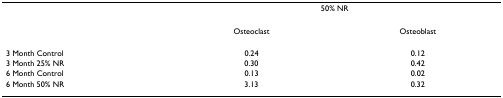
<table><thead><tr><td></td><td colspan="2"><b>50% NR</b></td></tr></thead><tbody><tr><td></td><td>Osteoclast</td><td>Osteoblast</td></tr><tr><td>3 Month Control</td><td>0.24</td><td>0.12</td></tr><tr><td>3 Month 25% NR</td><td>0.30</td><td>0.42</td></tr><tr><td>6 Month Control</td><td>0.13</td><td>0.02</td></tr><tr><td>6 Month 50% NR</td><td>3.13</td><td>0.32</td></tr></tbody></table>